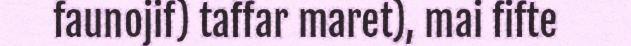
faunojif) taffar maret), mai fifte